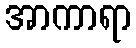
အာကာရာ